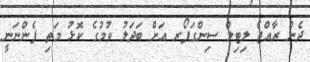
ދެން ރާއްޖެ ލިޓިލް ސިންގަޕޯރ އަށް ބަދަލު ވުމުގެ ކޮޅު މަތި ފެންނަނީ